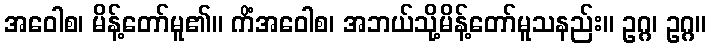
အဝေါစ၊ မိန့်တော်မူ၏။ ကိံအဝေါစ၊ အဘယ်သို့မိန့်တော်မူသနည်း။ ဥဂ္ဂ၊ ဥဂ္ဂ။